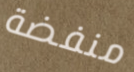
منفضة